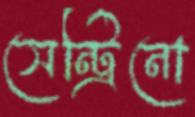
সেন্ট্রিনো